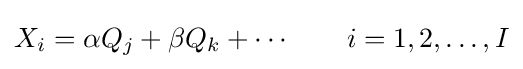
X_{i}=\alpha Q_{j}+\beta Q_{k}+\cdots \qquad i=1,2,\ldots ,I